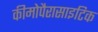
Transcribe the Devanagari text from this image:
कीमोपैरासाइटिक